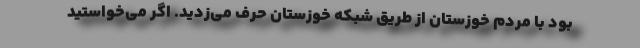
بود با مردم خوزستان از طریق شبکه خوزستان حرف می‌زدید. اگر می‌خواستید